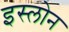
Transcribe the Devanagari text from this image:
इस्लोन